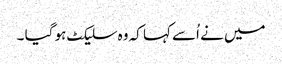
میں نے اُسے کہا کہ وہ سلیکٹ ہو گیا ۔